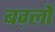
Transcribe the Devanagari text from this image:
बर्ग़्लो